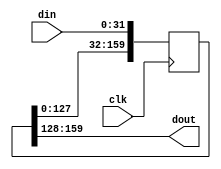
// (C) 2001-2016 Altera Corporation. All rights reserved.
// Your use of Altera Corporation's design tools, logic functions and other 
// software and tools, and its AMPP partner logic functions, and any output 
// files any of the foregoing (including device programming or simulation 
// files), and any associated documentation or information are expressly subject 
// to the terms and conditions of the Altera Program License Subscription 
// Agreement, Altera MegaCore Function License Agreement, or other applicable 
// license agreement, including, without limitation, that your use is for the 
// sole purpose of programming logic devices manufactured by Altera and sold by 
// Altera or its authorized distributors.  Please refer to the applicable 
// agreement for further details.


// $Id: $
// $Revision: $
// $Date: $
// $Author: $
//-----------------------------------------------------------------------------

`timescale 1 ps / 1 ps
// Copyright 2012 Altera Corporation. All rights reserved.  
// Altera products are protected under numerous U.S. and foreign patents, 
// maskwork rights, copyrights and other intellectual property laws.  
//
// This reference design file, and your use thereof, is subject to and governed
// by the terms and conditions of the applicable Altera Reference Design 
// License Agreement (either as signed by you or found at www.altera.com).  By
// using this reference design file, you indicate your acceptance of such terms
// and conditions between you and Altera Corporation.  In the event that you do
// not agree with such terms and conditions, you may not use the reference 
// design file and please promptly destroy any copies you have made.
//
// This reference design file is being provided on an "as-is" basis and as an 
// accommodation and therefore all warranties, representations or guarantees of 
// any kind (whether express, implied or statutory) including, without 
// limitation, warranties of merchantability, non-infringement, or fitness for
// a particular purpose, are specifically disclaimed.  By making this reference
// design file available, Altera expressly does not recommend, suggest or 
// require that this reference design file be used in combination with any 
// other product not provided by Altera.
/////////////////////////////////////////////////////////////////////////////

// baeckler - 01-17-2012

module delay_regs #(
	parameter WIDTH = 32,
	parameter LATENCY = 5 // at least 1
)(
	input clk,
	input [WIDTH-1:0] din,
	output [WIDTH-1:0] dout	
);

reg [WIDTH*LATENCY-1:0] storage = {(WIDTH*LATENCY){1'b0}} /* synthesis preserve */;
	
generate 	
	if (LATENCY == 1) begin
		always @(posedge clk) begin
			storage <= din;
		end
	end
	else begin
		always @(posedge clk) begin
			storage <= {storage [WIDTH*(LATENCY-1)-1:0],din};
		end
	end
endgenerate

assign dout = storage [WIDTH*LATENCY-1:WIDTH*(LATENCY-1)];
	
	
endmodule
// BENCHMARK INFO :  5SGXEA7N2F45C2
// BENCHMARK INFO :  Max depth :  0.0 LUTs
// BENCHMARK INFO :  Total registers : 160
// BENCHMARK INFO :  Total pins : 65
// BENCHMARK INFO :  Total virtual pins : 0
// BENCHMARK INFO :  Total block memory bits : 0
// BENCHMARK INFO :  Comb ALUTs :                         ; 1               ;       ;
// BENCHMARK INFO :  ALMs : 49 / 234,720 ( < 1 % )
// BENCHMARK INFO :  Worst setup path @ 468.75MHz : 1.581 ns, From storage[79], To storage[111]}
// BENCHMARK INFO :  Worst setup path @ 468.75MHz : 1.600 ns, From storage[92], To storage[124]}
// BENCHMARK INFO :  Worst setup path @ 468.75MHz : 1.604 ns, From storage[25], To storage[57]}